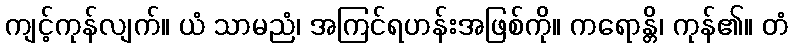
ကျင့်ကုန်လျက်။ ယံ သာမညံ၊ အကြင်ရဟန်းအဖြစ်ကို။ ကရောန္တိ၊ ကုန်၏။ တံ